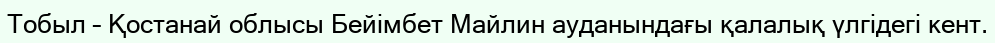
Тобыл – Қостанай облысы Бейімбет Майлин ауданындағы қалалық үлгідегі кент.